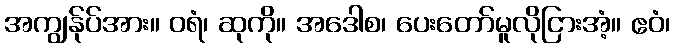
အကျွန်ုပ်အား။ ဝရံ၊ ဆုကို။ အဒေါစ၊ ပေးတော်မူလိုငြားအံ့။ ဧဝံ၊